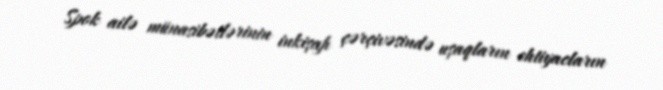
Spok ailə münasibətlərinin inkişafı çərçivəsində uşaqların ehtiyacların